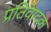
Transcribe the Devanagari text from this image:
प्रतिवादक